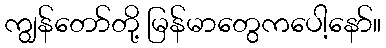
ကျွန်တော်တို့ မြန်မာတွေကပေါ့နော်။